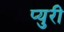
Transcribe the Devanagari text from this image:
प्युरी